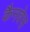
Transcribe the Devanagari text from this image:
कैनवेस